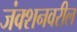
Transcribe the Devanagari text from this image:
जंक्शनवरील